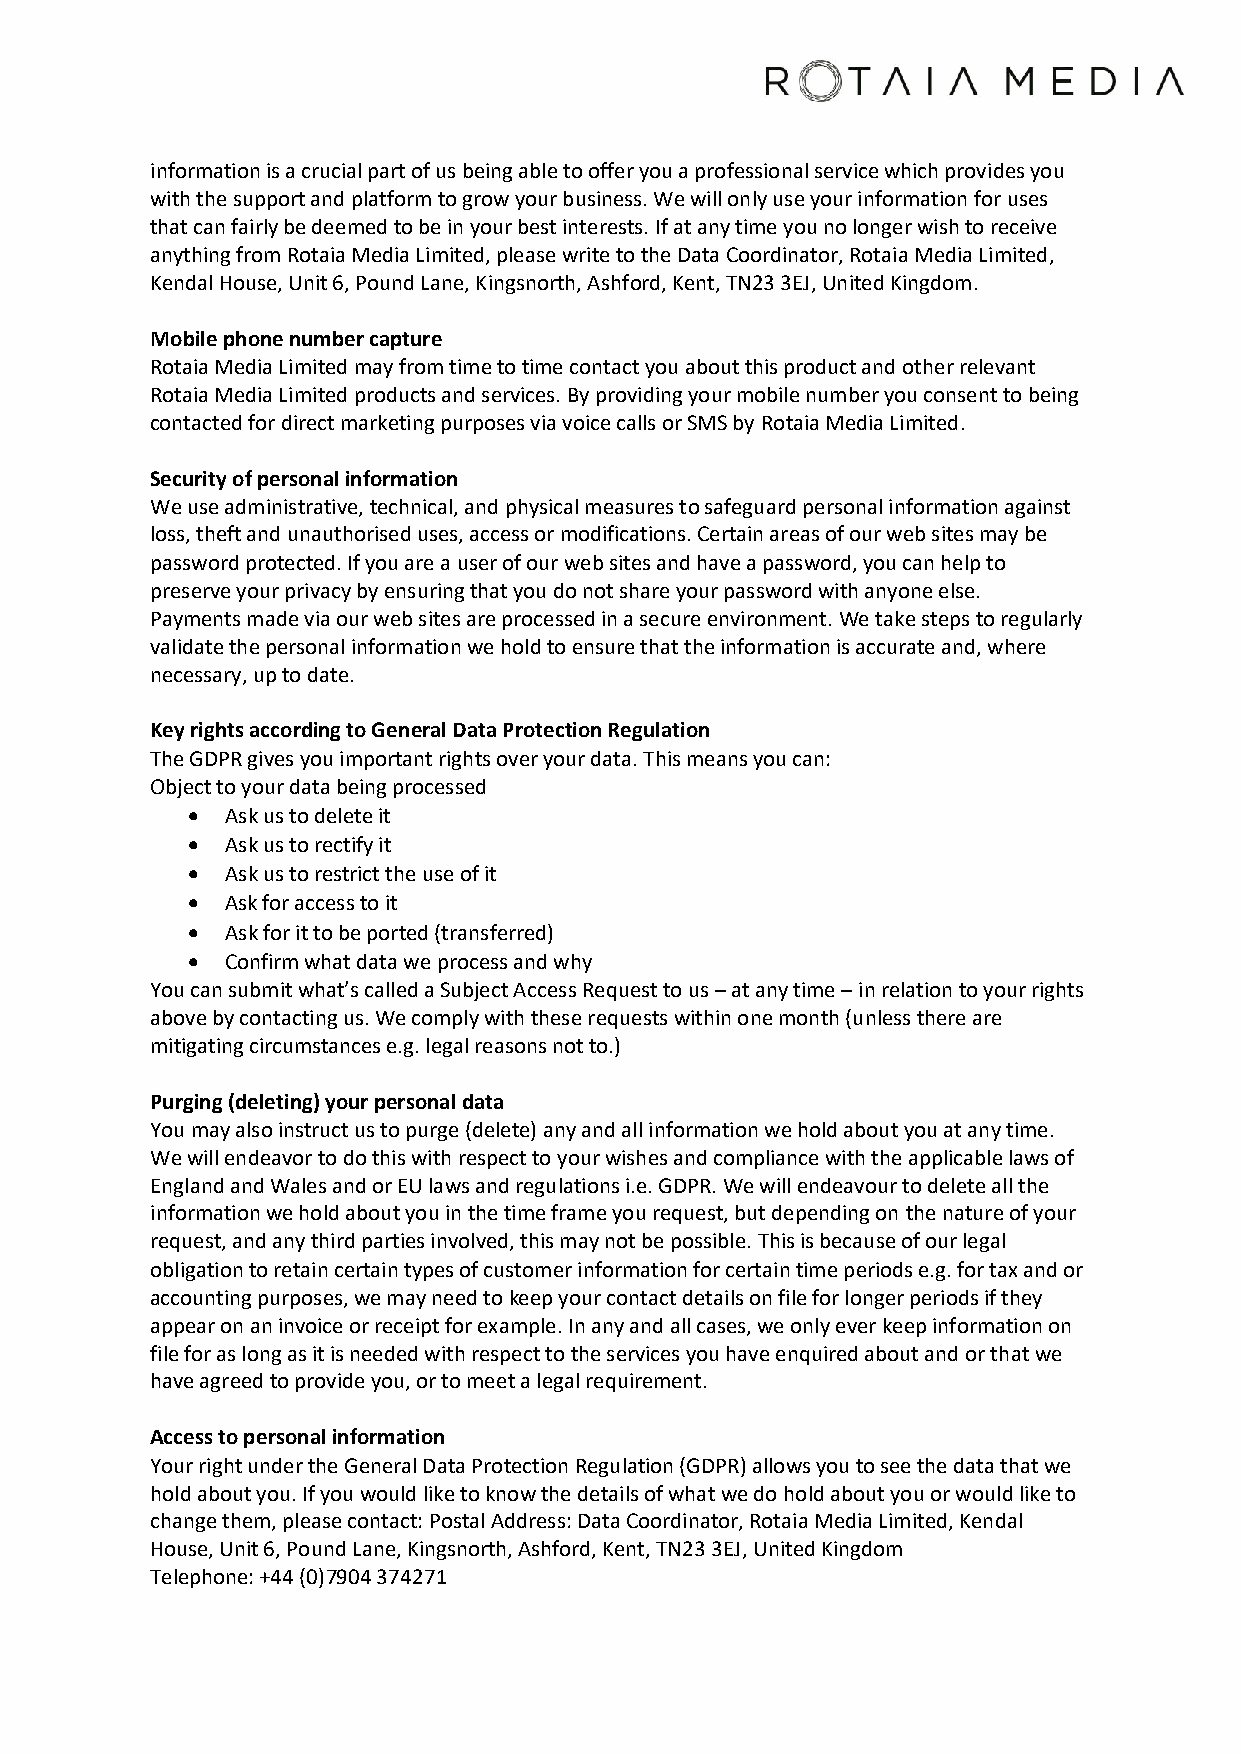
information is a crucial part of us being able to offer you a professional service which provides you
 with the support and platform to grow your business. We will only use your information for uses
 that can fairly be deemed to be in your best interests. If at any time you no longer wish to receive
 anything from Rotaia Media Limited, please write to the Data Coordinator, Rotaia Media Limited,
 Kendal House, Unit 6, Pound Lane, Kingsnorth, Ashford, Kent, TN23 3EJ, United Kingdom.
 Mobile phone number capture
 Rotaia Media Limited may from time to time contact you about this product and other relevant
 Rotaia Media Limited products and services. By providing your mobile number you consent to being
 contacted for direct marketing purposes via voice calls or SMS by Rotaia Media Limited.
 Security of personal information
 We use administrative, technical, and physical measures to safeguard personal information against
 loss, theft and unauthorised uses, access or modifications. Certain areas of our web sites may be
 password protected. If you are a user of our web sites and have a password, you can help to
 preserve your privacy by ensuring that you do not share your password with anyone else.
 Payments made via our web sites are processed in a secure environment. We take steps to regularly
 validate the personal information we hold to ensure that the information is accurate and, where
 necessary, up to date.
 Key rights according to General Data Protection Regulation
 The GDPR gives you important rights over your data. This means you can:
 Object to your data being processed
 •  Ask us to delete it
 •  Ask us to rectify it
 •  Ask us to restrict the use of it
 •  Ask for access to it
 •  Ask for it to be ported (transferred)
 •  Confirm what data we process and why
 You can submit what’s called a Subject Access Request to us – at any time – in relation to your rights
 above by contacting us. We comply with these requests within one month (unless there are
 mitigating circumstances e.g. legal reasons not to.)
 Purging (deleting) your personal data
 You may also instruct us to purge (delete) any and all information we hold about you at any time.
 We will endeavor to do this with respect to your wishes and compliance with the applicable laws of
 England and Wales and or EU laws and regulations i.e. GDPR. We will endeavour to delete all the
 information we hold about you in the time frame you request, but depending on the nature of your
 request, and any third parties involved, this may not be possible. This is because of our legal
 obligation to retain certain types of customer information for certain time periods e.g. for tax and or
 accounting purposes, we may need to keep your contact details on file for longer periods if they
 appear on an invoice or receipt for example. In any and all cases, we only ever keep information on
 file for as long as it is needed with respect to the services you have enquired about and or that we
 have agreed to provide you, or to meet a legal requirement.
 Access to personal information
 Your right under the General Data Protection Regulation (GDPR) allows you to see the data that we
 hold about you. If you would like to know the details of what we do hold about you or would like to
 change them, please contact: Postal Address: Data Coordinator, Rotaia Media Limited, Kendal
 House, Unit 6, Pound Lane, Kingsnorth, Ashford, Kent, TN23 3EJ, United Kingdom
 Telephone: +44 (0)7904 374271